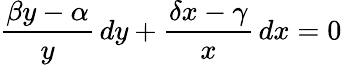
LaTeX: {\frac{\beta y-\alpha}{y}}\, dy+{\frac{\delta x-\gamma}{x}}\, dx=0